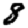
Digit: 8